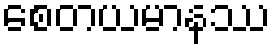
စေတယမာနဿ